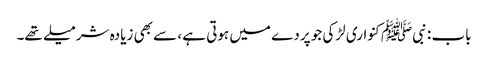
باب : نبیﷺ کنواری لڑکی جو پردے میں ہوتی ہے ، سے بھی زیادہ شرمیلے تھے۔